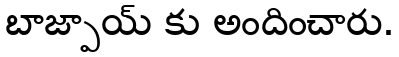
బాజ్పాయ్ కు అందించారు.